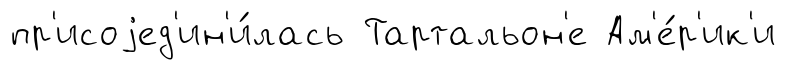
пр'исоjед'ин'и́лась Тартальон'е Ам'е́р'ик'и